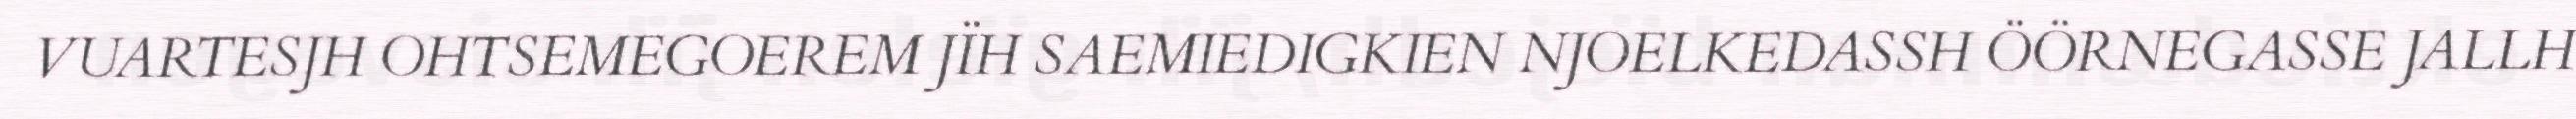
VUARTESJH OHTSEMEGOEREM JÏH SAEMIEDIGKIEN NJOELKEDASSH ÖÖRNEGASSE JALLH